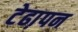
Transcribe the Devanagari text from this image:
टेढा़पन